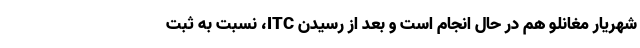
شهریار مغانلو هم در حال انجام است و بعد از رسیدن ITC، نسبت به ثبت